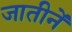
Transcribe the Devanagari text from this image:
जातीनें